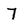
Character: 7